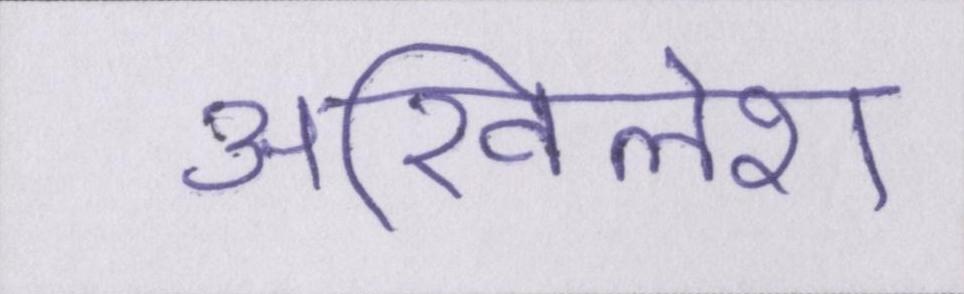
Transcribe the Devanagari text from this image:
अखिलेश